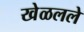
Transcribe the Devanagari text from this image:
खेळलले